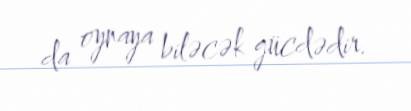
da oynaya biləcək gücdədir.